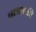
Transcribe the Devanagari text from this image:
छात्रशक्ती